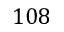
1 0 8